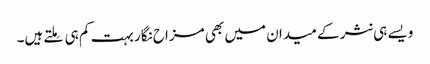
ویسے ہی نثر کے میدان میں بھی مزاح نگار بہت کم ہی مِلتے ہیں۔